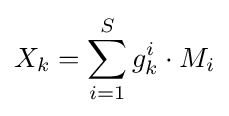
X_{k}=\sum _{i=1}^{S}g_{k}^{i}\cdot M_{i}